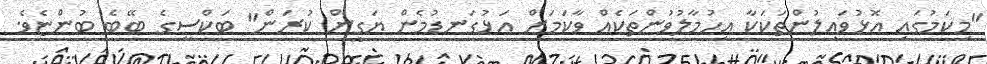
"މިކަމުގައި އޮޅުވައިލުންތަކަކާ އިހުމާލުވުންތަކެއް ވާކަމަށް އަޅުގަނޑުމެން ޔަގީން ކުރަން" ބަކްސީގެ ބޭބެ ބުންޏެވެ.